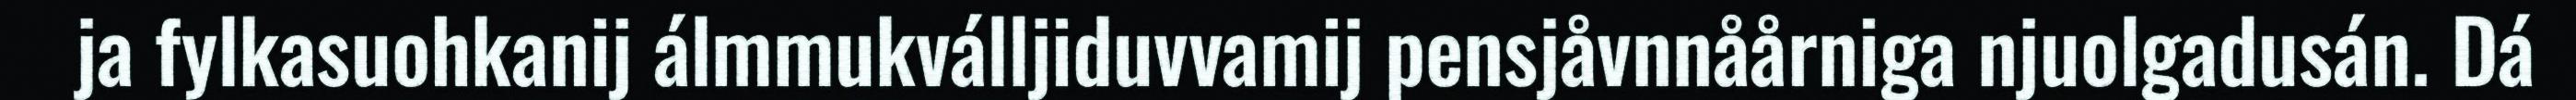
ja fylkasuohkanij álmmukválljiduvvamij pensjåvnnåårniga njuolgadusán. Dá